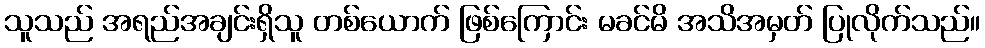
သူသည် အရည်အချင်းရှိသူ တစ်ယောက် ဖြစ်ကြောင်း မခင်မိ အသိအမှတ် ပြုလိုက်သည်။